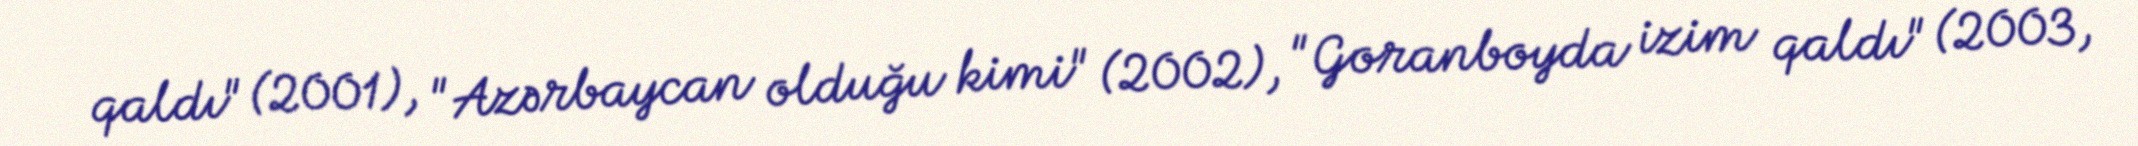
qaldı" (2001), "Azərbaycan olduğu kimi" (2002), "Goranboyda izim qaldı" (2003,